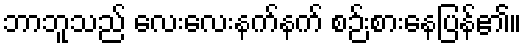
ဘာဘူသည် လေးလေးနက်နက် စဉ်းစားနေပြန်၏။